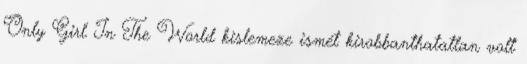
Only Girl In The World kislemeze ismét kirobbanthatatlan volt